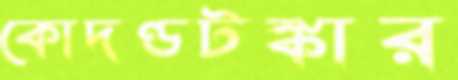
কোদণ্ডটঙ্কার